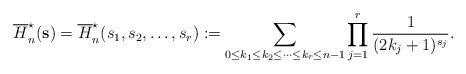
LaTeX: \begin{align*}\overline{H}_n^{\star}(\mathbf{s})=\overline{H}_n^{\star}(s_1,s_2,\ldots,s_r):=\sum\limits_{0\leq k_1\leq k_2\leq \cdots\leq k_r\leq n-1}\prod_{j=1}^{r}\frac{1}{(2k_j+1)^{s_j}}.\end{align*}